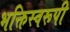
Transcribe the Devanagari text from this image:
भक्तिस्वरूपी